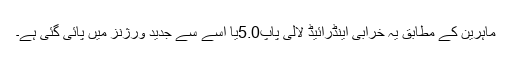
ماہرین کے مطابق یہ خرابی اینڈرائیڈ لالی پاپ5.0یا اسے سے جدید ورژنز میں پائی گئی ہے۔